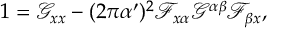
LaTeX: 1 = \mathcal { G } _ { x x } - ( 2 \pi \alpha ^ { \prime } ) ^ { 2 } \mathcal { F } _ { x \alpha } \mathcal { G } ^ { \alpha \beta } \mathcal { F } _ { \beta x } ,